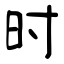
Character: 时